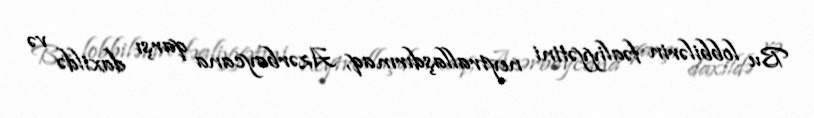
Bu lobbilərin fəaliyyətini neytrallaşdırmaq, Azərbaycana qarşı daxildə və